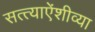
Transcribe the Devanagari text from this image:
सत्त्याऐंशीव्या